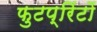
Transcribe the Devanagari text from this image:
फुटप्रिंटों